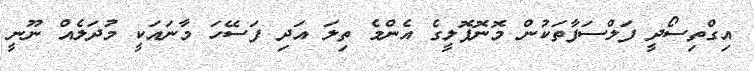
އިގްތިސޯދީ ފަލްސަފާތަކުން މޮނޮޕޮލީގެ އެންމެ ތިލަ އަދި ފަސޭހަ މާނައަކީ މުދަލެއް ނޫނީ